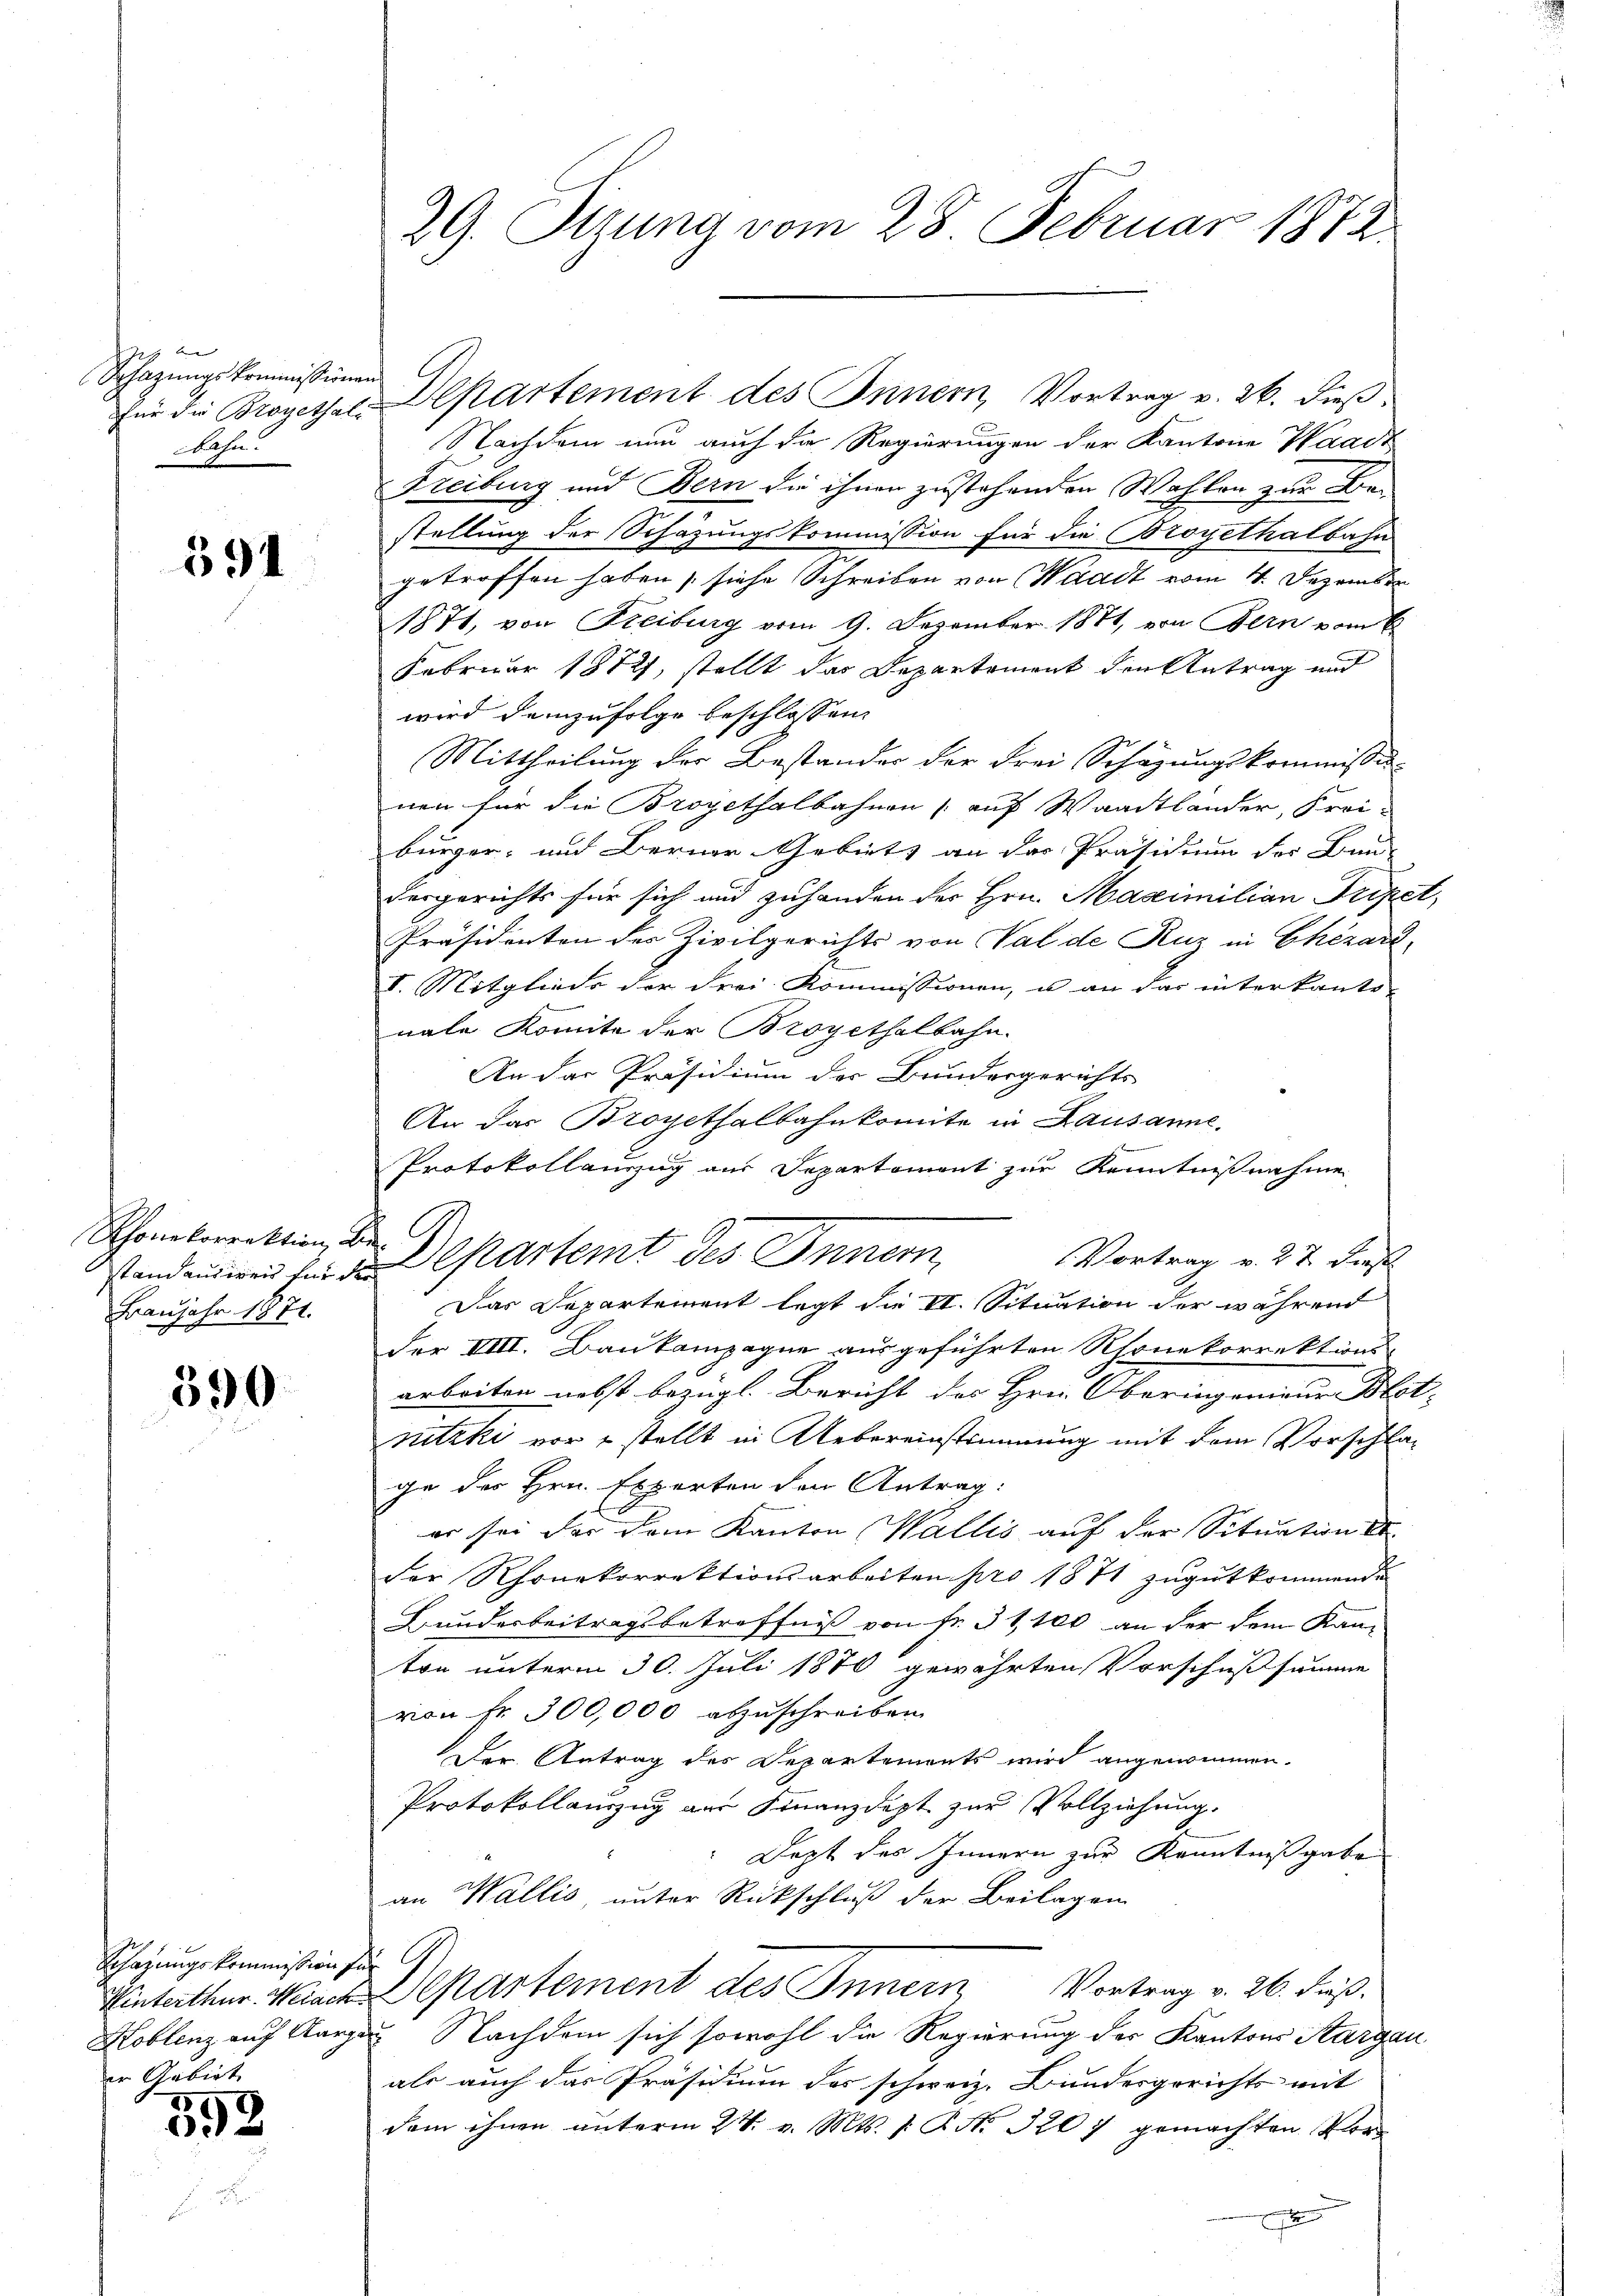
Schazungskommissionen
bahn.

391

standandirend für der
Fraujahr 1871.

590

592

Schazungskommission zur G
er Gebiet

29. Sizung vom 28. Februar 1872

Nachdem nun auch die Regierungen der Kantone Waadt
Freiburg und Bern die ihnen zustehenden Wahlen zur Bestellung der Schazungskommission für die Broyethalbahn
getroffen haben (siehe Schreiben von Waadt vom 4. Dezember
1871, von Freiburg vom 9. Dezember 1881, von Bern vom 6
Februar 1872, stellt das Departement den Antrag und
wird demzufolge beschlossen,
Mittheilung der Bestandes der Frei Schazungskommission
nen für die Broyethalbahnen auf Waadtländer, Frei-
bürger- und Berner Gebiets an der Präsidium der Bun-
dergerichts für sich und zuhanden der Hrn. Maximilian Priper
Präsidenten des Zivilgerichts von Val de Ruz in Chezarl,
V. Mitglieds der drei Kommissionen, u an das interkanto-
nale Komite der Broyethalbahn.
An das Präsidium der Bundesgerichts-
An das Bropethalbahnkomite in Lausanne.

Protokollauzug aus Separtement zur Kenntnißnahme
Vortrag v. 27 dieß
Das Departement legt die II. Situation der während
der VIIII. Baukampagne ausgeführten Rhonekorrektions-
arbeiten nebst bezügl. Bericht des Hrn. Oberingenieur Ble
nitzki vor stellt in Uebereinstimmung mit dem Vorschlage der Hrn. Experten den Antrag:
er sei der dem Kanton (Wallis auf der Situation
der Rhonekorrektionsarbeiten pro 1871 zugut kommende
Bunderbeitragsbetreffniß von Fr. 31,100 an der dem Kan-
ton unterm 30. Juli 1870 gewährten Vorschußsumme
von Fr. 300,000 abzuschreiben.
Der Antrag des Departements wird angenommen.
Protokollauszug aus Finanzdept zur Vollziehung.
Dept des Innern zur Kenntnißgabe
an Wallis, unter Rückschluß der Beilagen
Winterthur. Weiach Cartement des Innern Vortrag v. 26. dieß.
Koblenz auch Aargau, Nachdem sich sowohl die Regierung der Kantons Aargau
als auch das Präsidium des schweiz. Bundesgerichts mit
dem ihnen unterm 24. v. Mts. 1. P. Nr. 320 7 gemachten Vors

Schonkorrektion, Dr. Departemt des Innern,

für die Brogethal-Departement des Innern, Vortrag v. 26. dieß